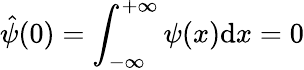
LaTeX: \hat{\psi}(0)=\int_{-\infty}^{+\infty}\psi(x)\mathrm{d}x=0